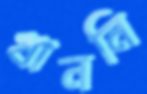
খাননি